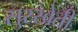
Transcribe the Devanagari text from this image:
सुरखेती